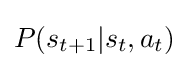
\textstyle P(s_{t+1}|s_{t},a_{t})